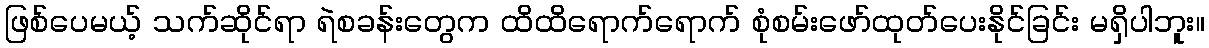
ဖြစ်ပေမယ့် သက်ဆိုင်ရာ ရဲစခန်းတွေက ထိထိရောက်ရောက် စုံစမ်းဖော်ထုတ်ပေးနိုင်ခြင်း မရှိပါဘူး။